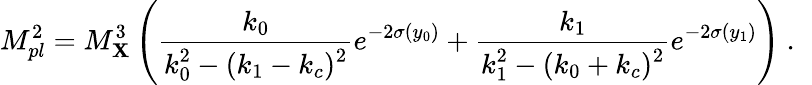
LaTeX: M_{pl}^{2}={M_{\mathbf{X}}^{3}}\left({\frac{{k_{0}}}{{\displaystyle{k_{0}^{2}-(k_{1}-k_{c})^{2}}}}}e^{-2\sigma(y_{0})}+{\frac{{k_{1}}}{{\displaystyle{k_{1}^{2}-(k_{0}+k_{c})^{2}}}}}e^{-2\sigma(y_{1})}\right)~.~\,